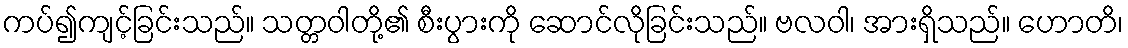
ကပ်၍ကျင့်ခြင်းသည်။ သတ္တဝါတို့၏ စီးပွားကို ဆောင်လိုခြင်းသည်။ ဗလဝါ၊ အားရှိသည်။ ဟောတိ၊